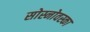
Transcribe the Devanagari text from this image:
सोस्नोवस्का